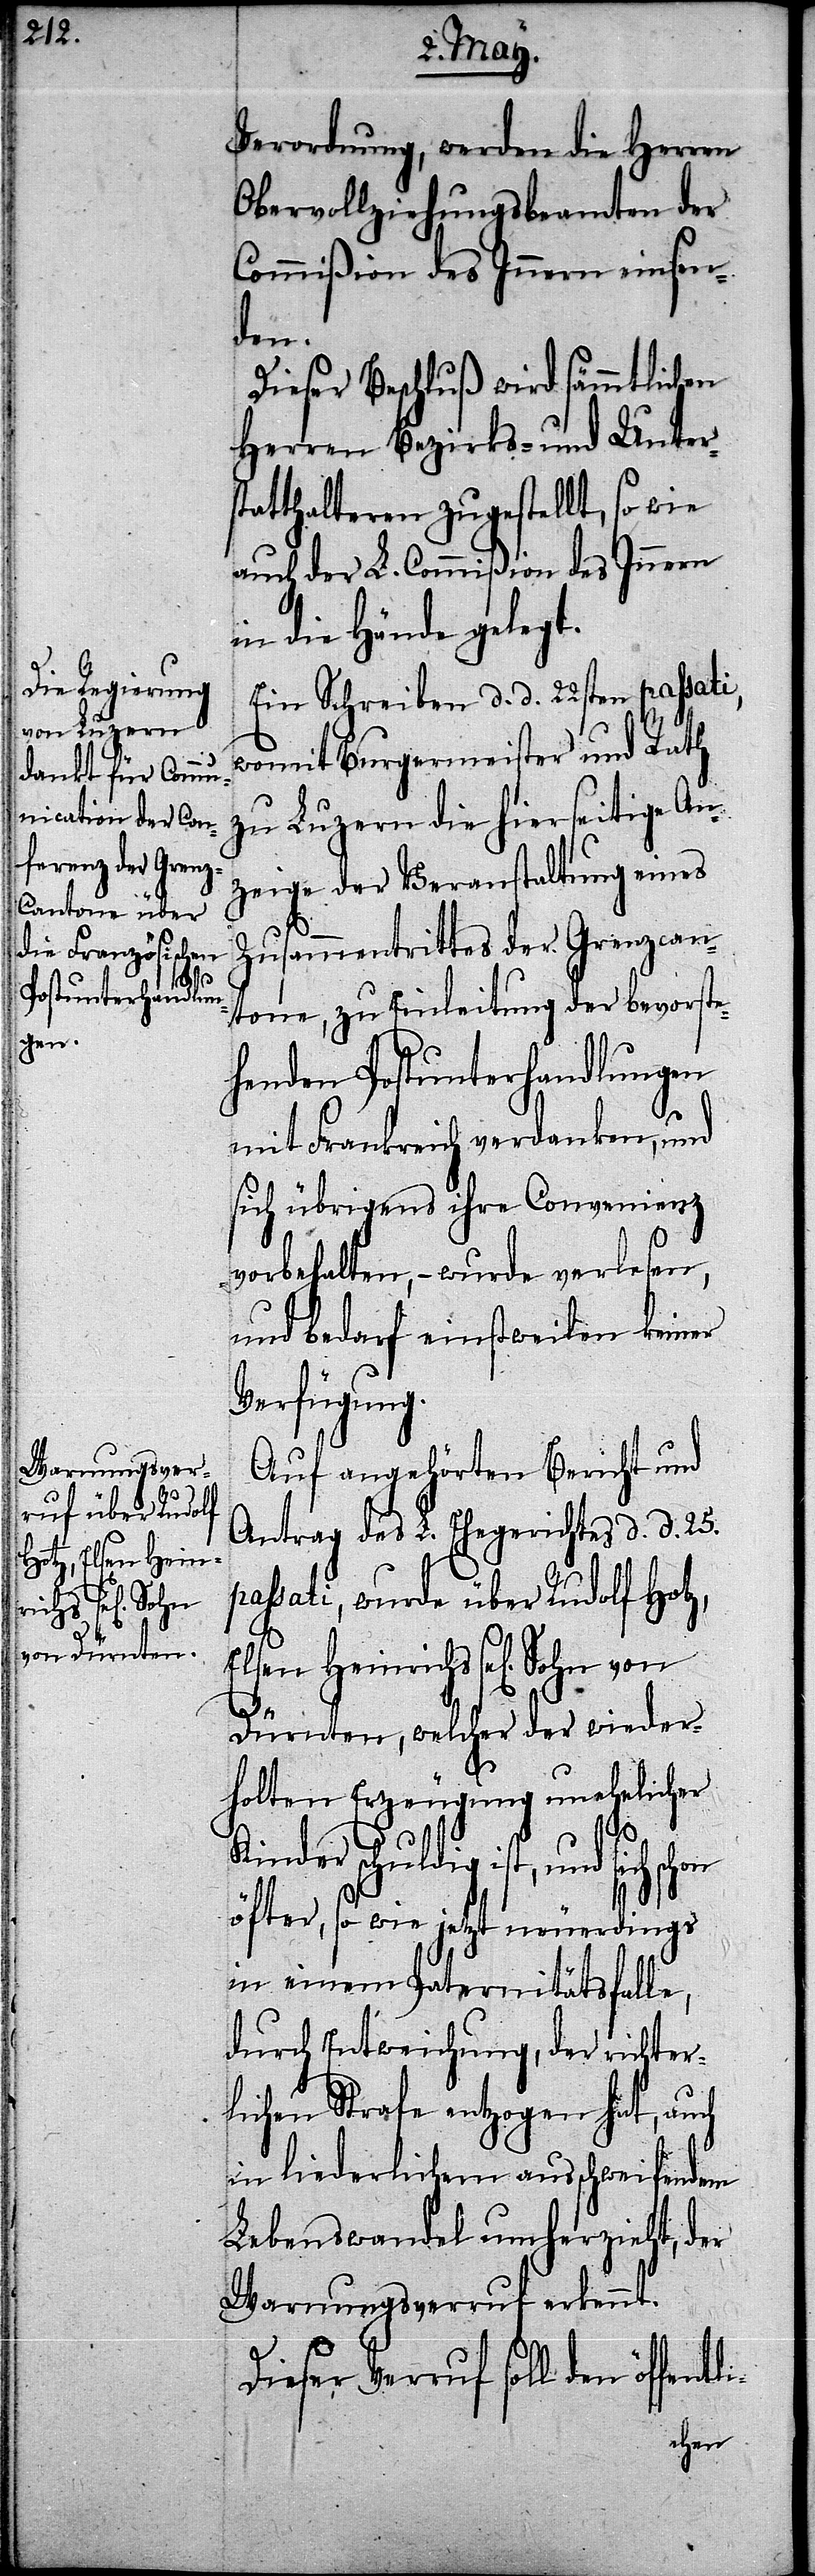
li-

Verordnung, werden die Herren
Obervollziehungsbeamten der
Commißion des Innern einsen¬
den.
Dieser Beschluß wird sämmtlichen
Herren Bezirks- und Unters¬
tatthalteren zugestellt, so wie
auch der L. Commißion des Innern
in die Hände gelegt.
Ein Schreiben d. d. 22sten passati,
womit Burgermeister und Rath
zu Luzern die hierseitige An¬
zeige der Veranstaltung eines
Zusammentrittes der Grenzcan¬
tone, zu Einleitung der bevorste¬
henden Postunterhandlungen
mit Frankreich verdanken, und
sich übrigens ihre Convenienz
vorbehalten, – wurde verlesen,
und bedarf einstweilen keiner
Verfügung.
Auf angehörten Bericht und
Antrag des L. Ehegerichtes d. d. 25.
passati, wurde über Rudolf Hotz
Elsen Heinrichs sel[igen] Sohn
e,
Dürnten, welcher der wieder¬
holten Erzeugung unehelicher
Kinder schuldig ist, und
öfter, so wie jetzt neuerdings
in einem Paternitätsfall¬
durch Entweichung, der richter¬
lichen Strafe entzogen hat, auch
in liederlichem ausschweifendem
Lebenswandel umherzieht, der
Warnungsverruf erkennt.
Dieser Verruf soll den öffent¬
schon